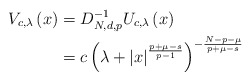
\begin{align*}V_{c,\lambda}\left( x\right) & =D_{N,d,p}^{-1}U_{c,\lambda}\left(x\right) \\& =c\left( \lambda+\left\vert x\right\vert ^{\frac{p+\mu-s}{p-1}}\right)^{-\frac{N-p-\mu}{p+\mu-s}}\end{align*}